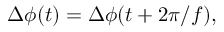
\Delta \phi ( t ) = \Delta \phi ( t + 2 \pi / f ) ,